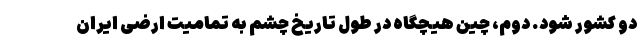
دو کشور شود. دوم، چین هیچگاه در طول تاریخ چشم به تمامیت ارضی ایران